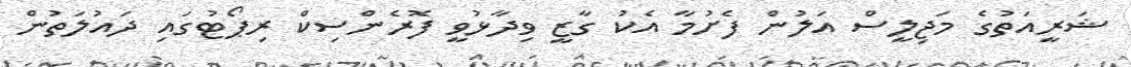
ޝަރީއަތުގެ މަޖިލީސް އަލުން ފެށުމާ އެކު ގާޒީ ވިދާޅުވީ ފޮރެންސިކް ރިޕޯޓުގައި ދައުލަތުން